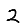
Digit: 2